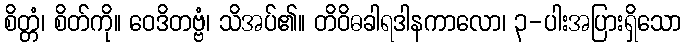
စိတ္တံ၊ စိတ်ကို။ ဝေဒိတဗ္ဗံ၊ သိအပ်၏။ တိဝိဓခါရဒါနကာလော၊ ၃-ပါးအပြားရှိသော